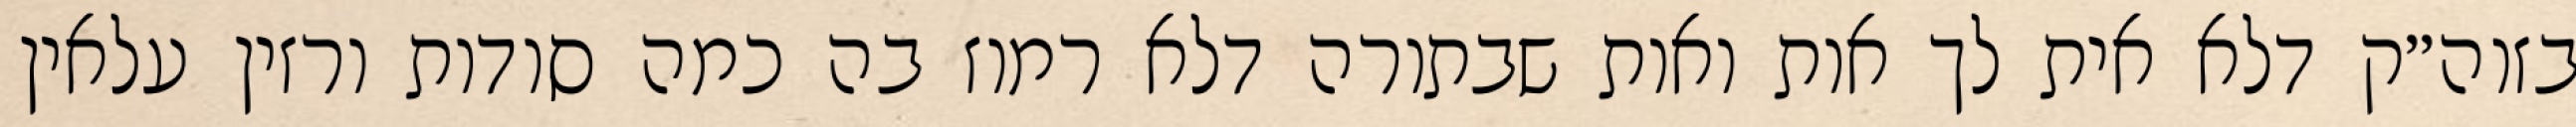
בזוה״ק דלא אית לך אות ואות שבתורה דלא רמוז בה כמה סודות ורזין עלאין